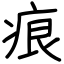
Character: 痕